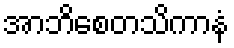
အာဘိစေတသိကာနံ